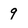
Character: 9